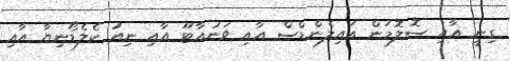
ގިނީ އާއި ސޮލޮމަން އައިލެންޑްސް އާއި ވަނުއާޓޫ އާއި ނިއު ކެލެޑޯނިޔާ އާއި